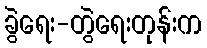
ခွဲရေး-တွဲရေးတုန်းက